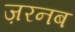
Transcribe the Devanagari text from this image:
ज़रनब